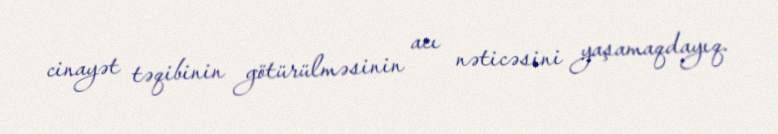
cinayət təqibinin götürülməsinin acı nəticəsini yaşamaqdayıq.